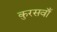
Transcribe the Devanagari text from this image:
कुरसवाँ